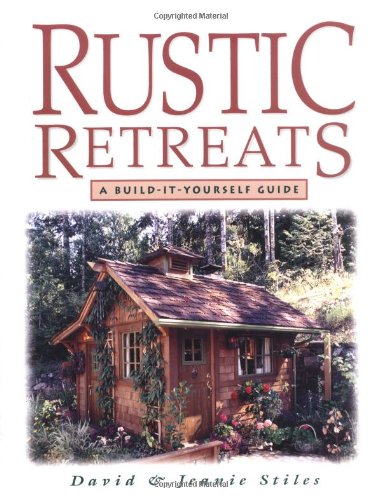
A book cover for Rustic Retreats: A Build-It-Yourself Guide; Jeanie Stiles; Crafts, Hobbies & Home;